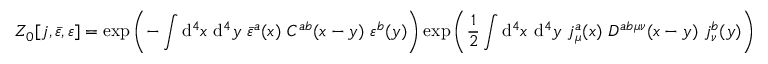
Z _ { 0 } [ j , { \bar { \varepsilon } } , \varepsilon ] = \exp \left( - \int \mathrm { d } ^ { 4 } x \ \mathrm { d } ^ { 4 } y \ { \bar { \varepsilon } } ^ { a } ( x ) \ C ^ { a b } ( x - y ) \ \varepsilon ^ { b } ( y ) \right) \exp \left( { \frac { 1 } { 2 } } \int \mathrm { d } ^ { 4 } x \ \mathrm { d } ^ { 4 } y \ j _ { \mu } ^ { a } ( x ) \ D ^ { a b \mu \nu } ( x - y ) \ j _ { \nu } ^ { b } ( y ) \right)